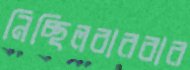
নিচ্ছিলবারবার